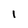
Character: 1